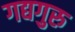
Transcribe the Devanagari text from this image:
गद्यगुरु